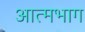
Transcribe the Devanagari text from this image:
आत्मभाग